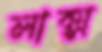
লাক্স